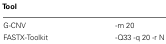
<table><thead><tr><td><b>Tool</b></td><td></td></tr></thead><tbody><tr><td>G-CNV</td><td>-m 20</td></tr><tr><td>FASTX-Toolkit</td><td>-Q33 -q 20 -r N</td></tr></tbody></table>